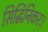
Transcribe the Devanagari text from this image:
सिद्धिनिकरः।